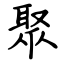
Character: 聚